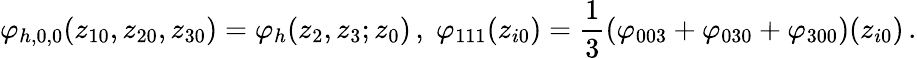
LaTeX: \varphi_{h,0,0}(z_{10},z_{20},z_{30})=\varphi_{h}(z_{2},z_{3};z_{0})\, ,\; \varphi_{111}(z_{i0})=\frac{1}{3}(\varphi_{003}+\varphi_{030}+\varphi_{300})(z_{i0})\, .